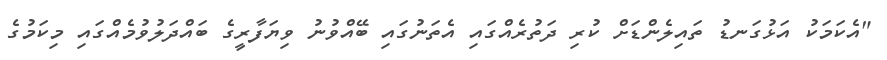
"އެކަމަކު އަޅުގަނޑު ތައިލެންޑަށް ކުރި ދަތުރެއްގައި އެތަނުގައި ބޭއްވުނު ވިޔަފާރީގެ ބައްދަލުވުމެއްގައި މިކަމުގެ